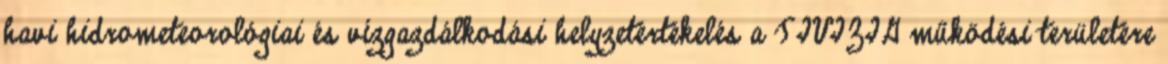
havi hidrometeorológiai és vízgazdálkodási helyzetértékelés a TIVIZIG működési területére